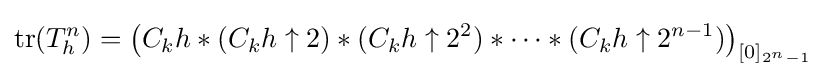
\mathrm {tr} (T_{h}^{n})=\left(C_{k}h*(C_{k}h\uparrow 2)*(C_{k}h\uparrow 2^{2})*\cdots *(C_{k}h\uparrow 2^{n-1})\right)_{[0]_{2^{n}-1}}